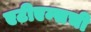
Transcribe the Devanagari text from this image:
एटीएम्सची